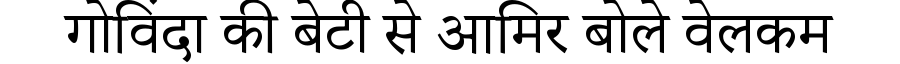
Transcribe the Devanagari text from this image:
गोविंदा की बेटी से आमिर बोले वेलकम